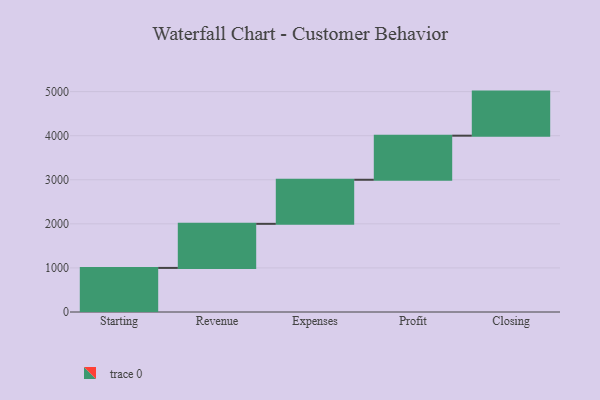
{"axis": {"x": "Step", "y": "Value"}, "legend": [""], "data": [{"x": "Starting", "y": 1000, "type": ""}, {"x": "Revenue", "y": 1000, "type": ""}, {"x": "Expenses", "y": 1000, "type": ""}, {"x": "Profit", "y": 1000, "type": ""}, {"x": "Closing", "y": 1000, "type": ""}]}